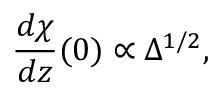
\frac { d \chi } { d z } ( 0 ) \propto \Delta ^ { 1 / 2 } ,